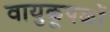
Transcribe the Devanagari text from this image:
वायुकूपकों